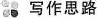
写作思路